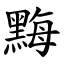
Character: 黣